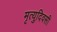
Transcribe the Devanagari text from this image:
मृत्युदिवसी